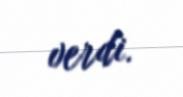
verdi.